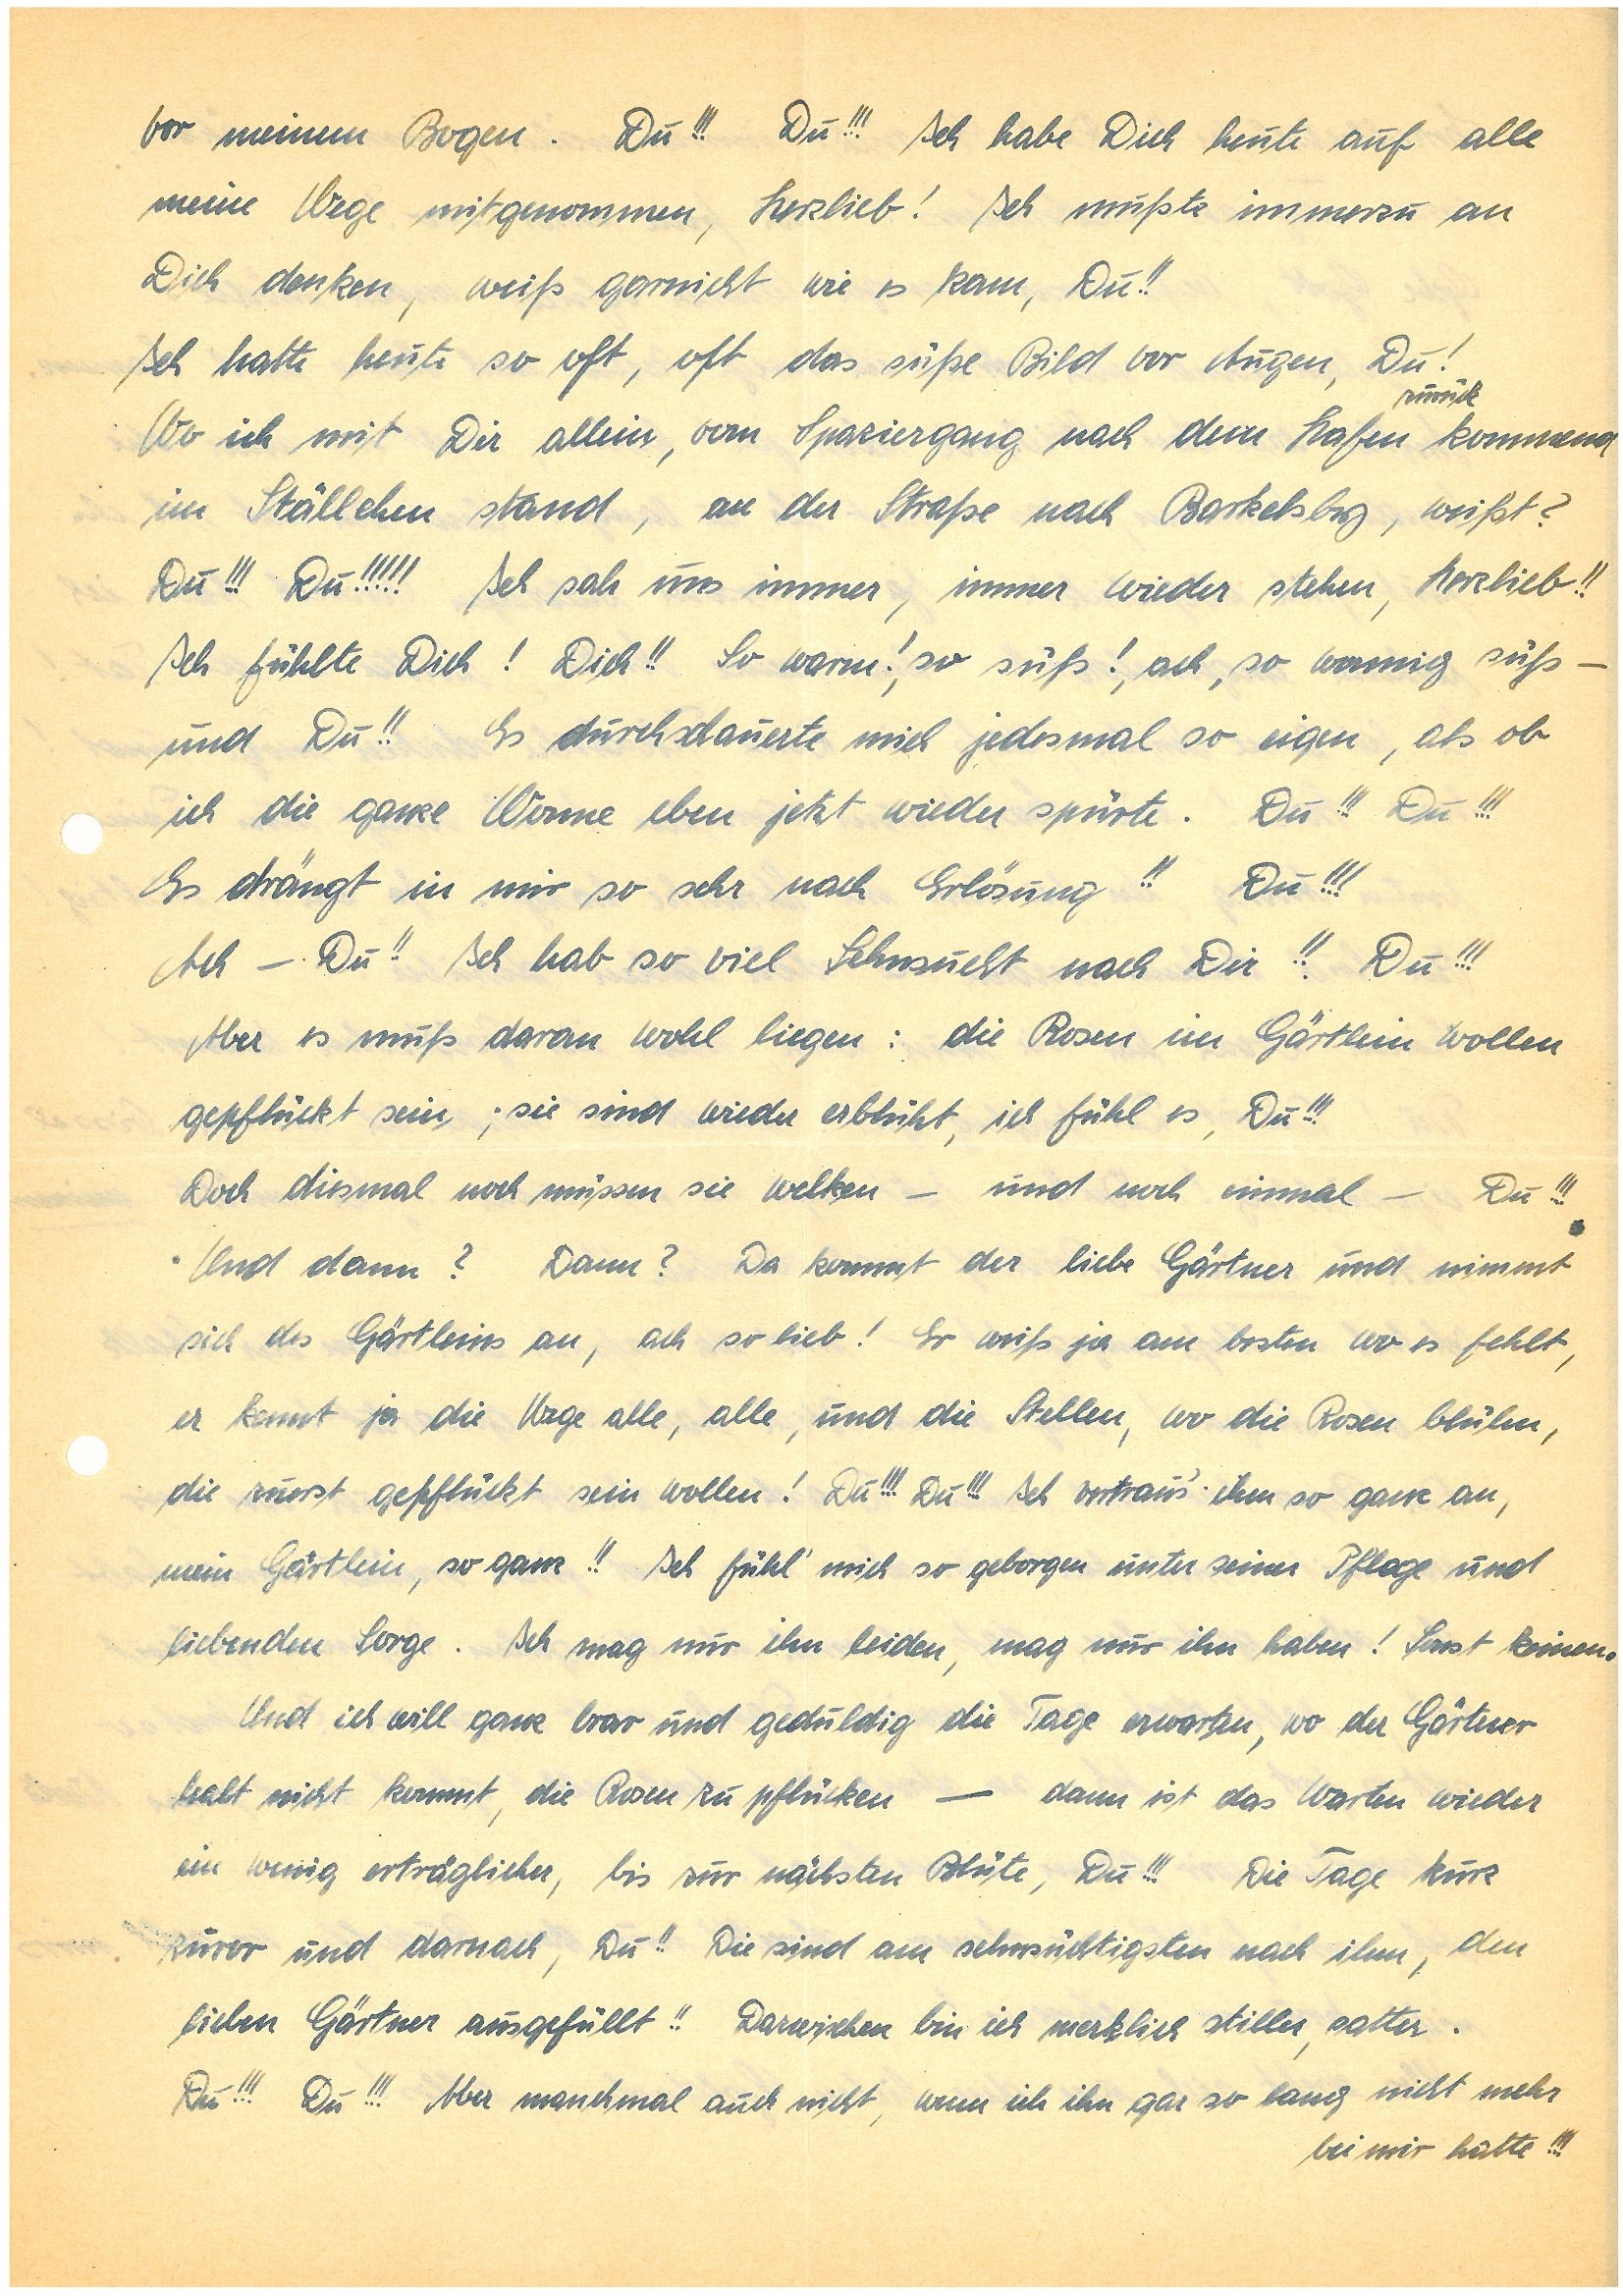
vor meinem Bogen. Du!!! Du!!! Ich habe Dich heute auf alle
meine Wege mitgenommen, Herzlieb! Ich mußte immerzu an
Dich denken, weiß garnicht wie es kam, Du!!
Ich hatte heute so oft, oft das süße Bild vor Augen, Du!
zurück
Wo ich mit Dir allein, vom Spaziergang nach dem Hafen kommend
im Ställchen stand, an der Straße nach B., weißt?
Du!!! Du!!!!! Ich sah uns immer, immer wieder stehen, Herzlieb!!
Ich fühlte Dich! Dich!! So warm!, so süß!, ach, so wonnig süß –
und Du!! Es durchschauerte mich jedes Mal so eigen, als ob
ich die ganze Wonne eben jetzt wieder spürte. Du!!! Du!!!
Es drängt in mir so sehr nach Erlösung!! Du!!!
Ach – Du!! Ich hab so viel Sehnsucht nach Dir!! Du!!!
Aber es muß daran wohl liegen: die Rosen im Gärtlein wollen
gepflückt sein; sie sind wieder erblüht, ich fühl es, Du!!!
Doch diesmal noch müssen sie welken – und noch einmal – Du!!!
Und dann? Dann? Da kommt der liebe Gärtner und nimmt
sich des Gärtleins an, ach so lieb! Er weiß ja am besten wo es fehlt,
er kennt ja die Wege alle, alle, und die Stellen, wo die Rosen blühen,
die zuerst gepflückt sein wollen! Du!!! Du!!! Ich vertrau’s ihm so ganz an,
mein Gärtlein, so ganz!! Ich fühl’ mich so geborgen unter seiner Pflege und
liebenden Sorge. Ich mag nur ihn leiden, mag nur ihn haben! Sonst keinen.
Und ich will ganz brav und geduldig die Tage erwarten, wo der Gärtner
halt nicht kommt, die Rosen zu pflücken – dann ist das Warten wieder
ein wenig erträglicher, bis zur nächsten Blüte, Du!!! Die Tage kurz
zuvor und darnach, Du!! Die sind am sehnsüchtigsten nach ihm, den
lieben Gärtner ausgefüllt!! Dazwischen bin ich merklich stiller, satter.
Du!!! Du!!! Aber manchmal auch nicht, wenn ich ihn gar so lang nicht mehr
bei mir hatte!!!